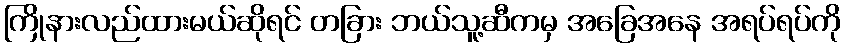
ကြိုနားလည်ထားမယ်ဆိုရင် တခြား ဘယ်သူ့ဆီကမှ အခြေအနေ အရပ်ရပ်ကို